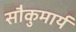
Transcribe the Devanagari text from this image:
सौकुमार्य